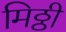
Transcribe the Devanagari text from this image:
मिठ्ठी